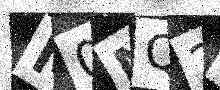
Text: M0MQ2M